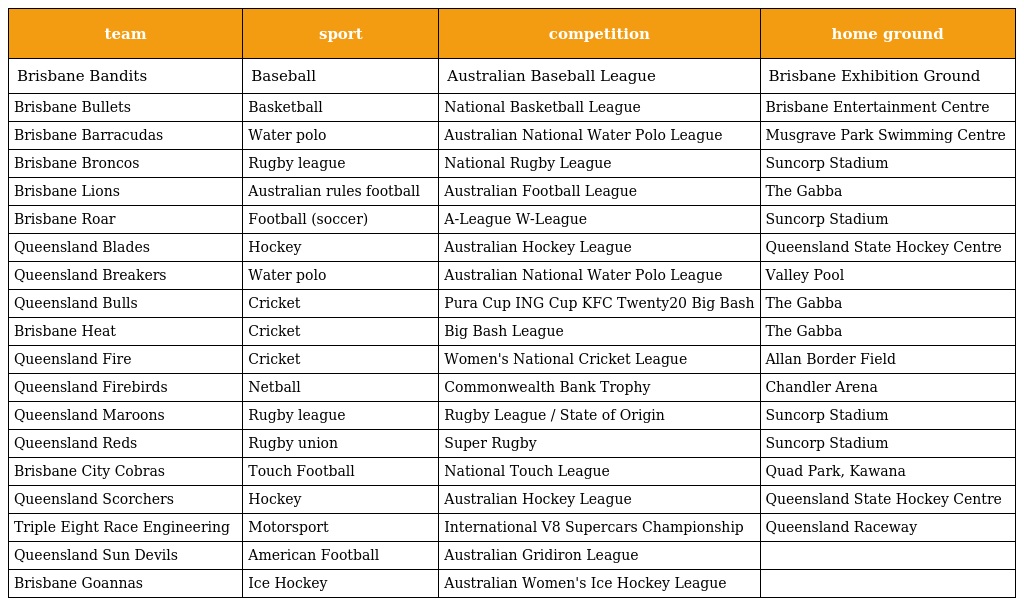
| team | sport | competition | home ground |
 | --- | --- | --- | --- |
 | Brisbane Bandits | Baseball | Australian Baseball League | Brisbane Exhibition Ground |
 | Brisbane Bullets | Basketball | National Basketball League | Brisbane Entertainment Centre |
 | Brisbane Barracudas | Water polo | Australian National Water Polo League | Musgrave Park Swimming Centre |
 | Brisbane Broncos | Rugby league | National Rugby League | Suncorp Stadium |
 | Brisbane Lions | Australian rules football | Australian Football League | The Gabba |
 | Brisbane Roar | Football (soccer) | A-League W-League | Suncorp Stadium |
 | Queensland Blades | Hockey | Australian Hockey League | Queensland State Hockey Centre |
 | Queensland Breakers | Water polo | Australian National Water Polo League | Valley Pool |
 | Queensland Bulls | Cricket | Pura Cup ING Cup KFC Twenty20 Big Bash | The Gabba |
 | Brisbane Heat | Cricket | Big Bash League | The Gabba |
 | Queensland Fire | Cricket | Women's National Cricket League | Allan Border Field |
 | Queensland Firebirds | Netball | Commonwealth Bank Trophy | Chandler Arena |
 | Queensland Maroons | Rugby league | Rugby League / State of Origin | Suncorp Stadium |
 | Queensland Reds | Rugby union | Super Rugby | Suncorp Stadium |
 | Brisbane City Cobras | Touch Football | National Touch League | Quad Park, Kawana |
 | Queensland Scorchers | Hockey | Australian Hockey League | Queensland State Hockey Centre |
 | Triple Eight Race Engineering | Motorsport | International V8 Supercars Championship | Queensland Raceway |
 | Queensland Sun Devils | American Football | Australian Gridiron League |  |
 | Brisbane Goannas | Ice Hockey | Australian Women's Ice Hockey League |  |